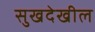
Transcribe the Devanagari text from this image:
सुखदेखील